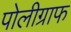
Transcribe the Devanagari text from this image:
पोलीग्राफ